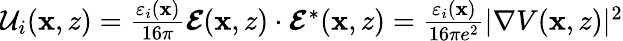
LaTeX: \begin{array}{r}{\mathcal{U}_{i}(\mathbf{x},z)=\frac{\varepsilon_{i}(\mathbf{x})}{16\pi}\boldsymbol{\mathcal{E}}(\mathbf{x},z)\cdot\boldsymbol{\mathcal{E}}^{*}(\mathbf{x},z)=\frac{\varepsilon_{i}(\mathbf{x})}{16\pi e^{2}}|\nabla V(\mathbf{x},z)|^{2}}\end{array}